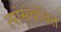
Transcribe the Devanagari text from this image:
त्यांसंबंधित